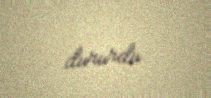
dururdu.